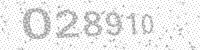
Solution: 028910